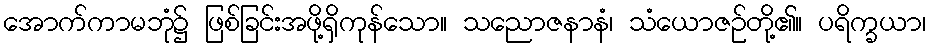
အောက်ကာမဘုံ၌ ဖြစ်ခြင်းအဖို့ရှိကုန်သော။ သညောဇနာနံ၊ သံယောဇဉ်တို့၏။ ပရိက္ခယာ၊